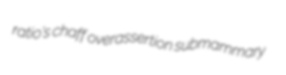
ratio's chaff overassertion submammary